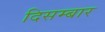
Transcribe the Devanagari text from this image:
दिसम्बार